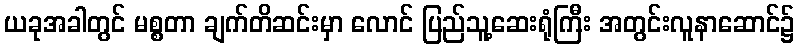
ယခုအခါတွင် မစ္စတာ ချက်တိဆင်းမှာ လောင် ပြည်သူ့ဆေးရုံကြီး အတွင်းလူနာဆောင်၌